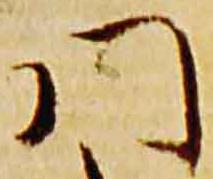
門